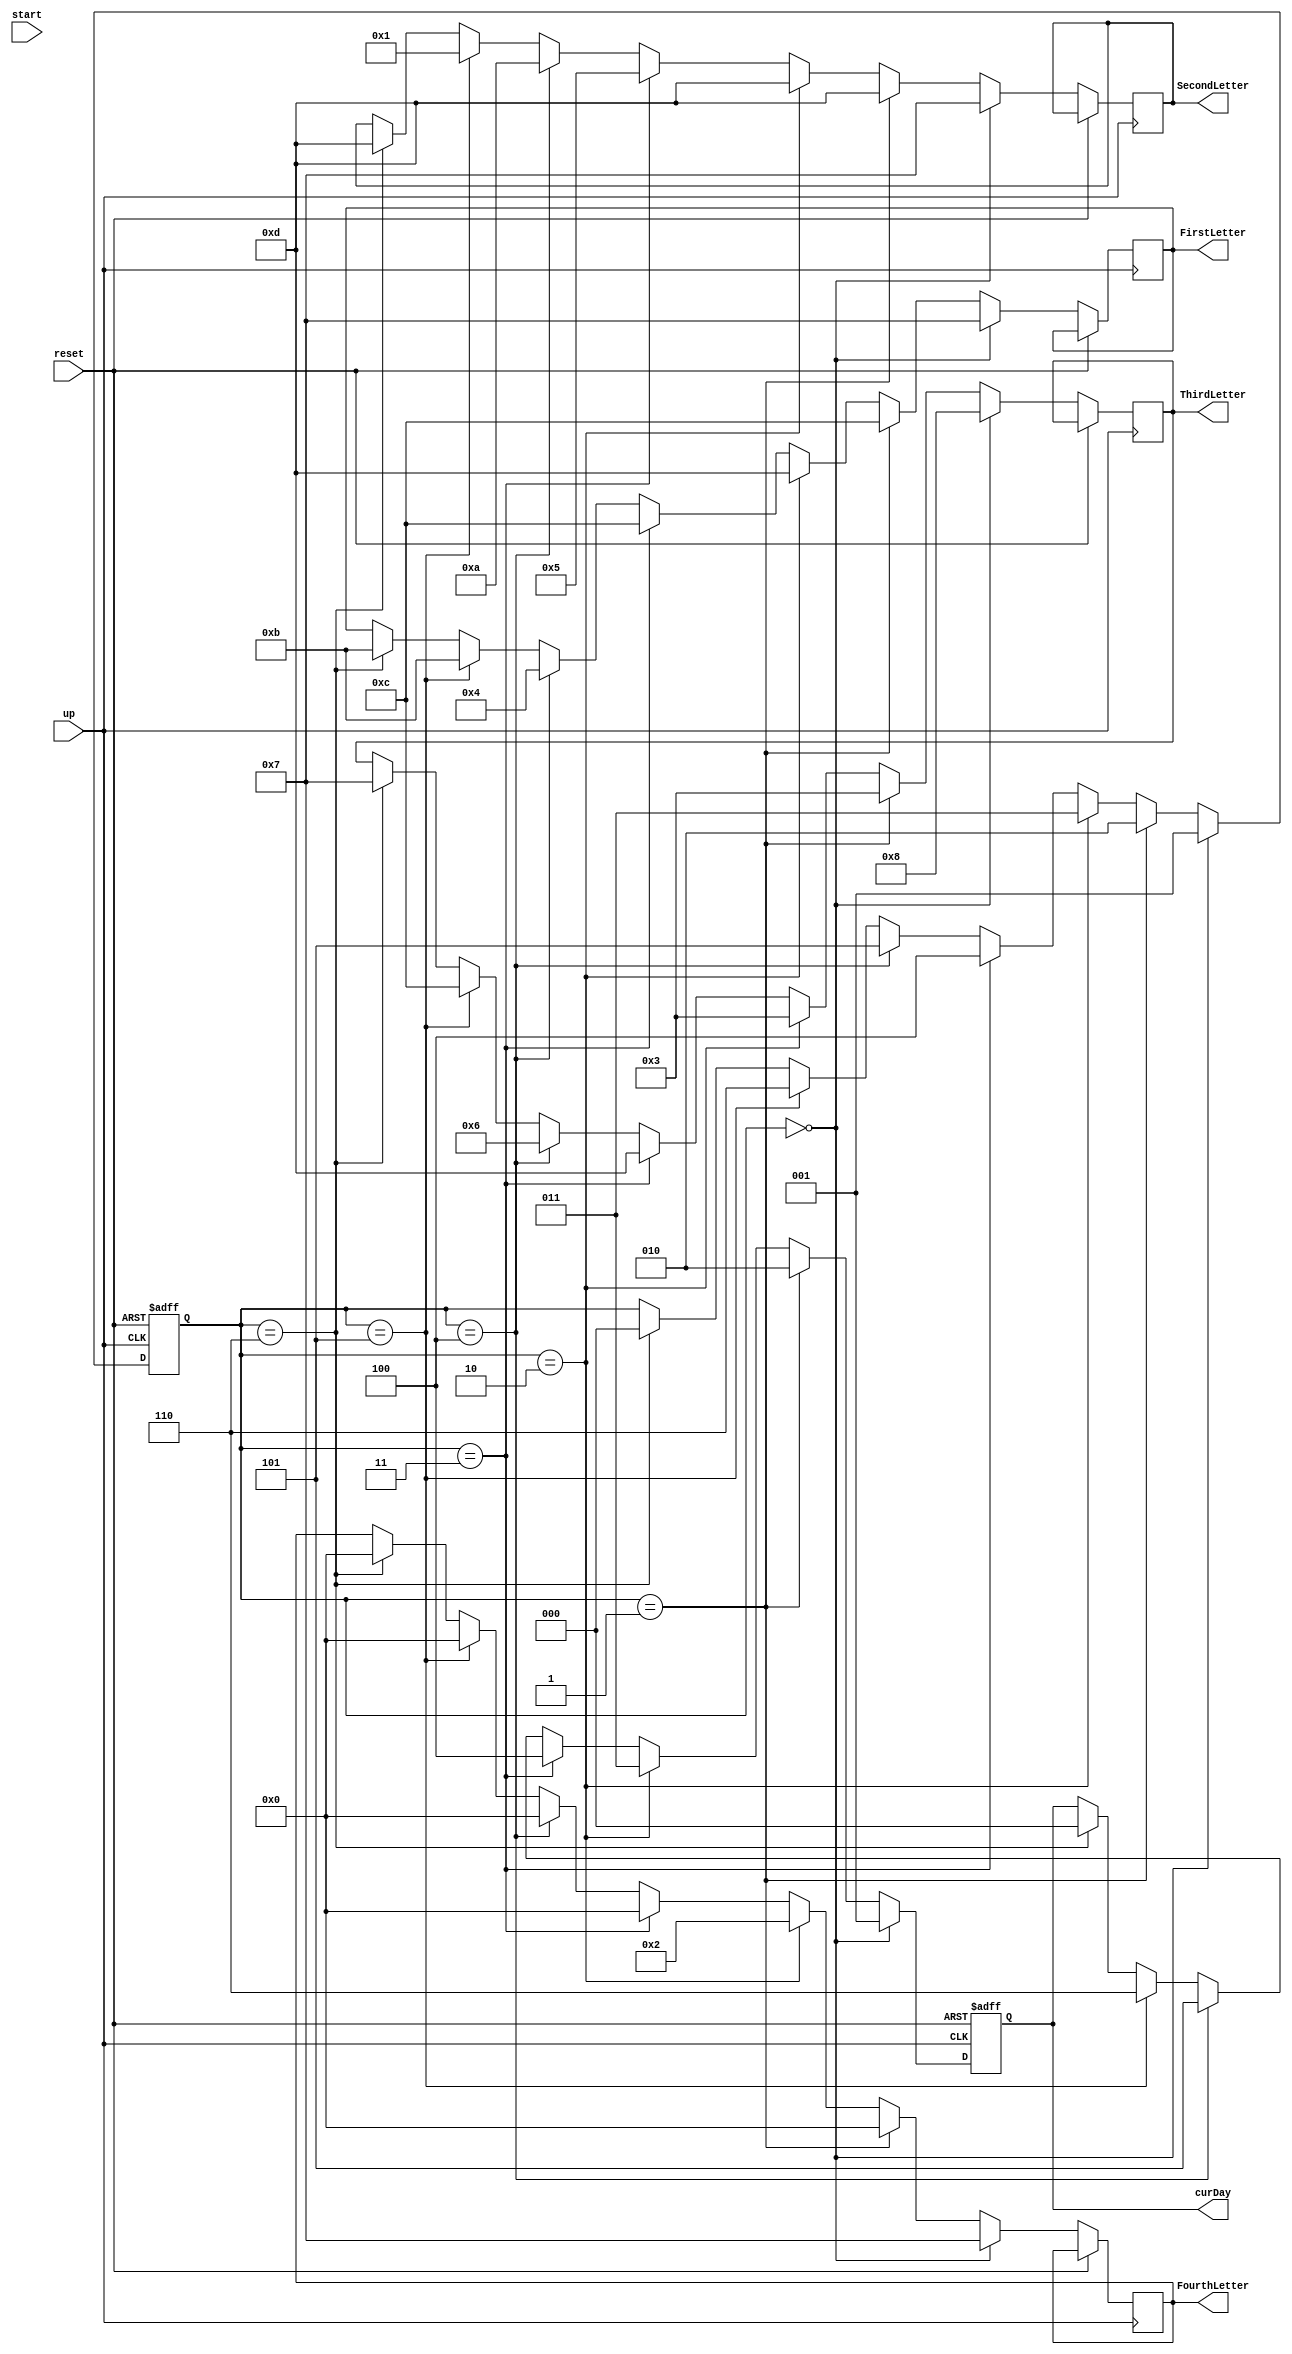
module SetDay(
  output reg[3:0]FirstLetter,SecondLetter,ThirdLetter,FourthLetter,
  output reg[2:0] curDay,
  input start, reset, up
);

reg [2:0]current;
reg changeDay;

parameter mon=3'b000,
  tue=3'b001,
  wed=3'b010,
  thu=3'b011,
  fri=3'b100,
  sat=3'b101,
  sun=3'b110,
  C_SPACE=4'b0000,
  C_A=4'b0001,
  C_D=4'b0010,
  C_E=4'b0011,
  C_F=4'b0100,
  C_H=4'b0101,
  C_I=4'b0110,
  C_N=4'b0111,
  C_O=4'b1000,
  C_P=4'b1001,
  C_R=4'b1010,
  C_S=4'b1011,
  C_T=4'b1100,
  C_U=4'b1101;

always @(posedge up or posedge reset)
begin
  begin
    if(reset==1)
    begin
      changeDay<=0;
      curDay <= mon;
      current<=mon;
    end
    else if(current==mon)
    begin
      FirstLetter<=C_N;
      SecondLetter<=C_N;
      ThirdLetter<=C_O;
      FourthLetter<=C_N;
      curDay<=tue;
      current<=tue;
    end
    else if(current==tue)
    begin
      FirstLetter<=C_T;
      SecondLetter<=C_U;
      ThirdLetter<=C_E;
      FourthLetter<=C_SPACE;
      curDay<=wed;
      current<=wed;
    end
    else if(current==wed)
    begin
      FirstLetter<=C_U;
      SecondLetter<=C_U;
      ThirdLetter<=C_E;
      FourthLetter<=C_D;
      curDay<=thu;
      current<=thu;
    end
    else if(current==thu)
    begin
      FirstLetter<=C_T;
      SecondLetter<=C_H;
      ThirdLetter<=C_U;
      FourthLetter<=C_SPACE;
      curDay<=fri;
      current<=fri;
    end
    else if(current==fri)
    begin
      FirstLetter<=C_F;
      SecondLetter<=C_R;
      ThirdLetter<=C_I;
      FourthLetter<=C_SPACE;
      curDay<=sat;
      current<=sat;
    end
    else if(current==sat)
    begin
      FirstLetter<=C_S;
      SecondLetter<=C_A;
      ThirdLetter<=C_T;
      FourthLetter<=C_SPACE;
      curDay<=sun;
      current<=sun;
    end
    else if(current==sun)
    begin
      FirstLetter<=C_S;
      SecondLetter<=C_U;
      ThirdLetter<=C_N;
      FourthLetter<=C_SPACE;
      curDay<=mon;
      current<=mon;
    end
  end
end

always @(posedge start)
begin
  changeDay <= ~changeDay;
end

endmodule